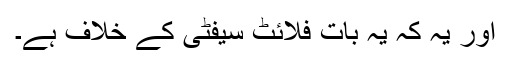
اور یہ کہ یہ بات فلائٹ سیفٹی کے خلاف ہے۔